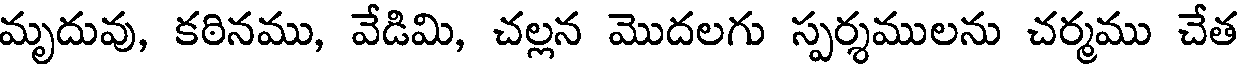
మృదువు, కఠినము, వేడిమి, చల్లన మొదలగు స్పర్శములను చర్మము చేత